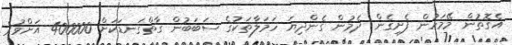
އެގޮތުން މޭމަހުން ފެށިގެން ދެމުން ގެންދިޔަ ހަމަލާތަކުގެ ސަބަބުން ގާތްގަނޑަކަށް 400000 އަށްވުރެ